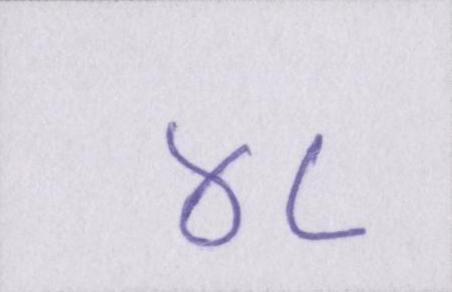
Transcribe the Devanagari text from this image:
४८